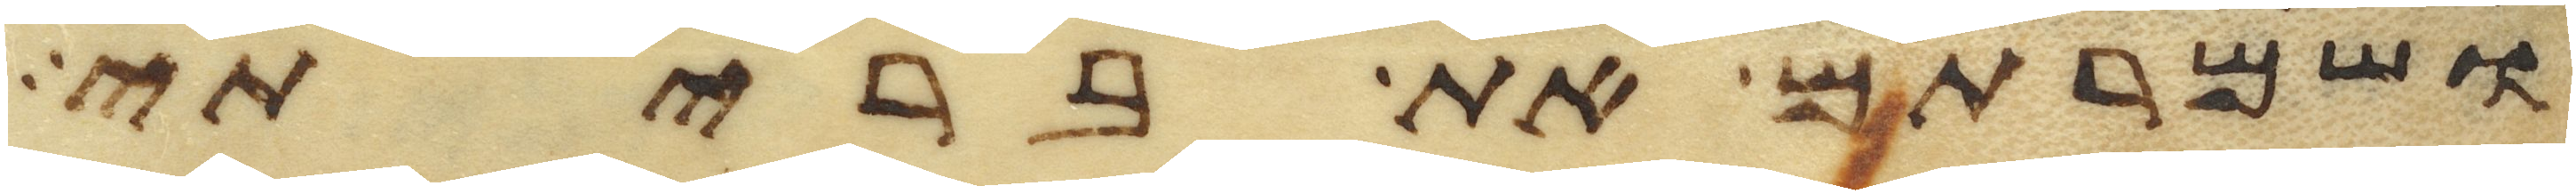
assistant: ושמרתם את בריתי